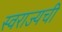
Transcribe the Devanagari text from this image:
स्वराज्यची